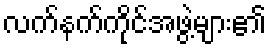
လက်နက်ကိုင်အဖွဲ့များ၏